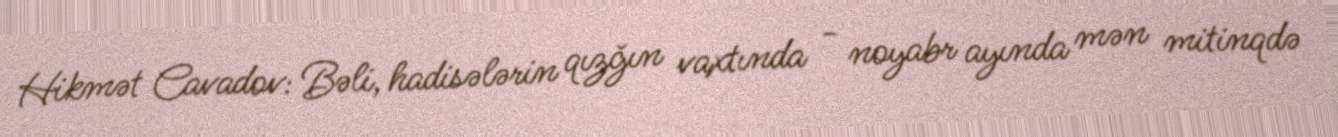
Hikmət Cavadov: Bəli, hadisələrin qızğın vaxtında - noyabr ayında mən mitinqdə